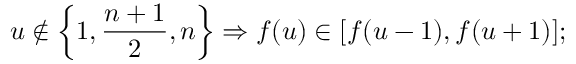
u \not \in \left\{ 1 , \frac { n + 1 } 2 , n \right\} \Rightarrow f ( u ) \in [ f ( u - 1 ) , f ( u + 1 ) ] ;